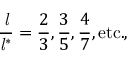
{ \frac { \mathit { l } } { { \mathit { l } } ^ { * } } } = { \frac { 2 } { 3 } } , { \frac { 3 } { 5 } } , { \frac { 4 } { 7 } } , { \mathrm { e t c . , } }